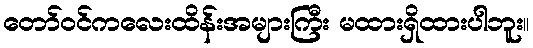
တော်ဝင်ကလေးထိန်းအများကြီး မထားရှိထားပါဘူး။